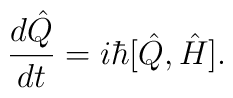
\frac{d\hat Q}{dt} = i\hbar[\hat Q,\hat H].